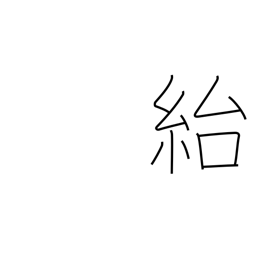
Meaning: deceive